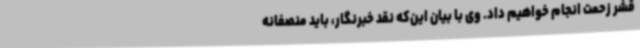
قشر زحمت انجام خواهیم داد. وی با بیان این‌که نقد خبرنگار، باید منصفانه